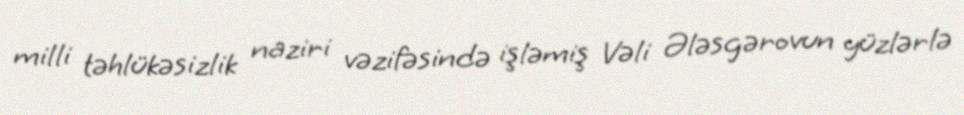
milli təhlükəsizlik naziri vəzifəsində işləmiş Vəli Ələsgərovun yüzlərlə